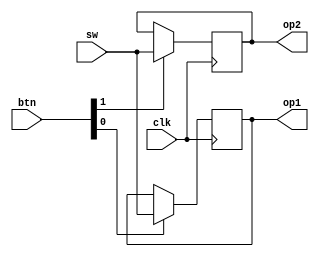
`timescale 1ns / 1ps
//////////////////////////////////////////////////////////////////////////////////
// Company: 
// Engineer: 
// 
// Design Name: 
// Module Name: part2
// Project Name: 
// Target Devices: 
// Tool Versions: 
// Description: 
// 
// Dependencies: 
// 
// Revision:
// Revision 0.01 - File Created
// Additional Comments:
// 
//////////////////////////////////////////////////////////////////////////////////


module swreg(
    input [7:0] sw,
    input [1:0] btn,
    input clk,
    output reg [7:0] op1, op2
    );
always @ (posedge(clk)) begin
    if (btn[0]) op1 <= sw;
    if (btn[1]) op2 <= sw;
    end
endmodule

module btntool(
    input [3:0] btn,
    output [1:0] btnreg,
    output btnrst, btnsig
    );
assign btnreg = btn[1:0];
assign btnout = btn[2];
assign btnsig = btn[3];
endmodule

module inverter(
    input [7:0] inreg,
    input sig,
    output [7:0] outreg
    );

assign outreg = sig? ~inreg : inreg;
endmodule

module adder2(
    input [7:0] op1, op2,
    input sig,
    output reg [7:0] result,
    output reg [1:0] led
    );
wire [7:0] tmp = (sig)? op1 + op2 + 1: op1 + op2;
always @ (op1, op2, sig)
begin //look into how to manage 2's compliment values, convert to positive value and light the negative number light correctly. Also check for bs overflow underflow
    if ((tmp[7] == 1)) led[0] = 1;
    else led[0] = 0;
    
    
if ((op1[7] == op2[7]) &  (tmp[7] == ~op1[7] )) led[1] = 1;
    else led[1] = 0;
    
    result = tmp;
end
endmodule

module mux414bit2(
    input [3:0] count1, count2, count3, count4,
    input [1:0] sel,
    output reg [3:0] an,
    output reg [3:0] outcount
    );
always @(count1, count2, count3, count4, sel)
begin
    case (sel)
        2'b00 : begin
                outcount <= count1;
                an <= 4'b1110;
            end        
        2'b01 : begin
                outcount <= count2;
                an <= 4'b1101;
            end
        2'b10 : begin
                outcount <= count3;
                an <= 4'b1011;
            end
        2'b11 : begin
                outcount <= count4;
                an <= 4'b0111;
            end
        default: an <= 4'b1111;
    endcase
end
endmodule

module counter52(
    input clk,
    output reg [1:0] counterout
    );
    
 always @ (posedge(clk))
 begin
    if (clk) counterout <= counterout + 1;
end
endmodule

module ClkDivider1k2 (
    input clk, rst,
    output reg clk_div
    );
	
localparam terminalcount = (50000 - 1);
reg [17:0] count;
wire tc;

assign tc = (count == terminalcount);	// Place a comparator on the counter output

always @ (posedge(clk), posedge(rst))
begin
    if (rst) count <= 0;
    else if (tc) count <= 0;		// Reset counter when terminal count reached
    else count <= count + 1;
end

always @ (posedge(clk), posedge(rst))
begin
    if (rst) clk_div <= 0;
    else if (tc) clk_div = !clk_div;	// T-FF with tc as input signal
end
endmodule

module toout2(
    input [7:0] result,
    output reg [3:0] W, X, Y, Z
    );
wire [7:0] tmp = result;
always @ (result)
begin
    W <= tmp % 10;
    X <= (tmp / 10) % 10;
    Y <= ((tmp / 10) / 10) % 10;
    Z <= (((tmp / 10) / 10) / 10) % 10;
end
endmodule

module decoder_7_seg2(
    input [3:0] I0,
    output reg [7:0] SEG
    );

always @(I0)
begin
    case(I0)
        0 : SEG = 7'b1000000;
        1 : SEG = 7'b1111001;
        2 : SEG = 7'b0100100;
        3 : SEG = 7'b0110000;
        4 : SEG = 7'b0011001;
        5 : SEG = 7'b0010010;
        6 : SEG = 7'b0000010;
        7 : SEG = 7'b1111000;
        8 : SEG = 7'b0000000;
        9 : SEG = 7'b0010000;
        default : SEG = 7'b1111111; 
    endcase
end
endmodule